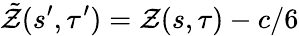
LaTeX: \tilde{\mathcal{Z}}(s^{\prime},\tau^{\prime})=\mathcal{Z}(s,\tau)-c/6